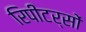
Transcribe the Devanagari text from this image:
रिपीटर्सों